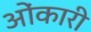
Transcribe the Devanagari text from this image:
ओंकारी